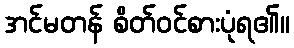
အင်မတန် စိတ်ဝင်စားပုံရ၏။